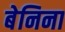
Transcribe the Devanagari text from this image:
बेनिना